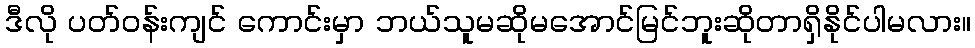
ဒီလို ပတ်ဝန်းကျင် ကောင်းမှာ ဘယ်သူမဆိုမအောင်မြင်ဘူးဆိုတာရှိနိုင်ပါမလား။